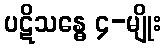
ပဋိသန္ဓေ ၄-မျိုး